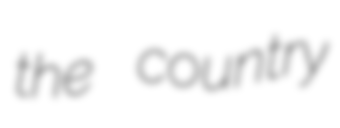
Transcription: the country